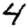
Digit: 4